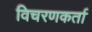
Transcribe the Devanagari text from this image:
विचरणकर्ता